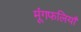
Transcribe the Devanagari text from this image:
मूंगफलियाँ